V__Kingissepa_nim__kolhoos, lk 18
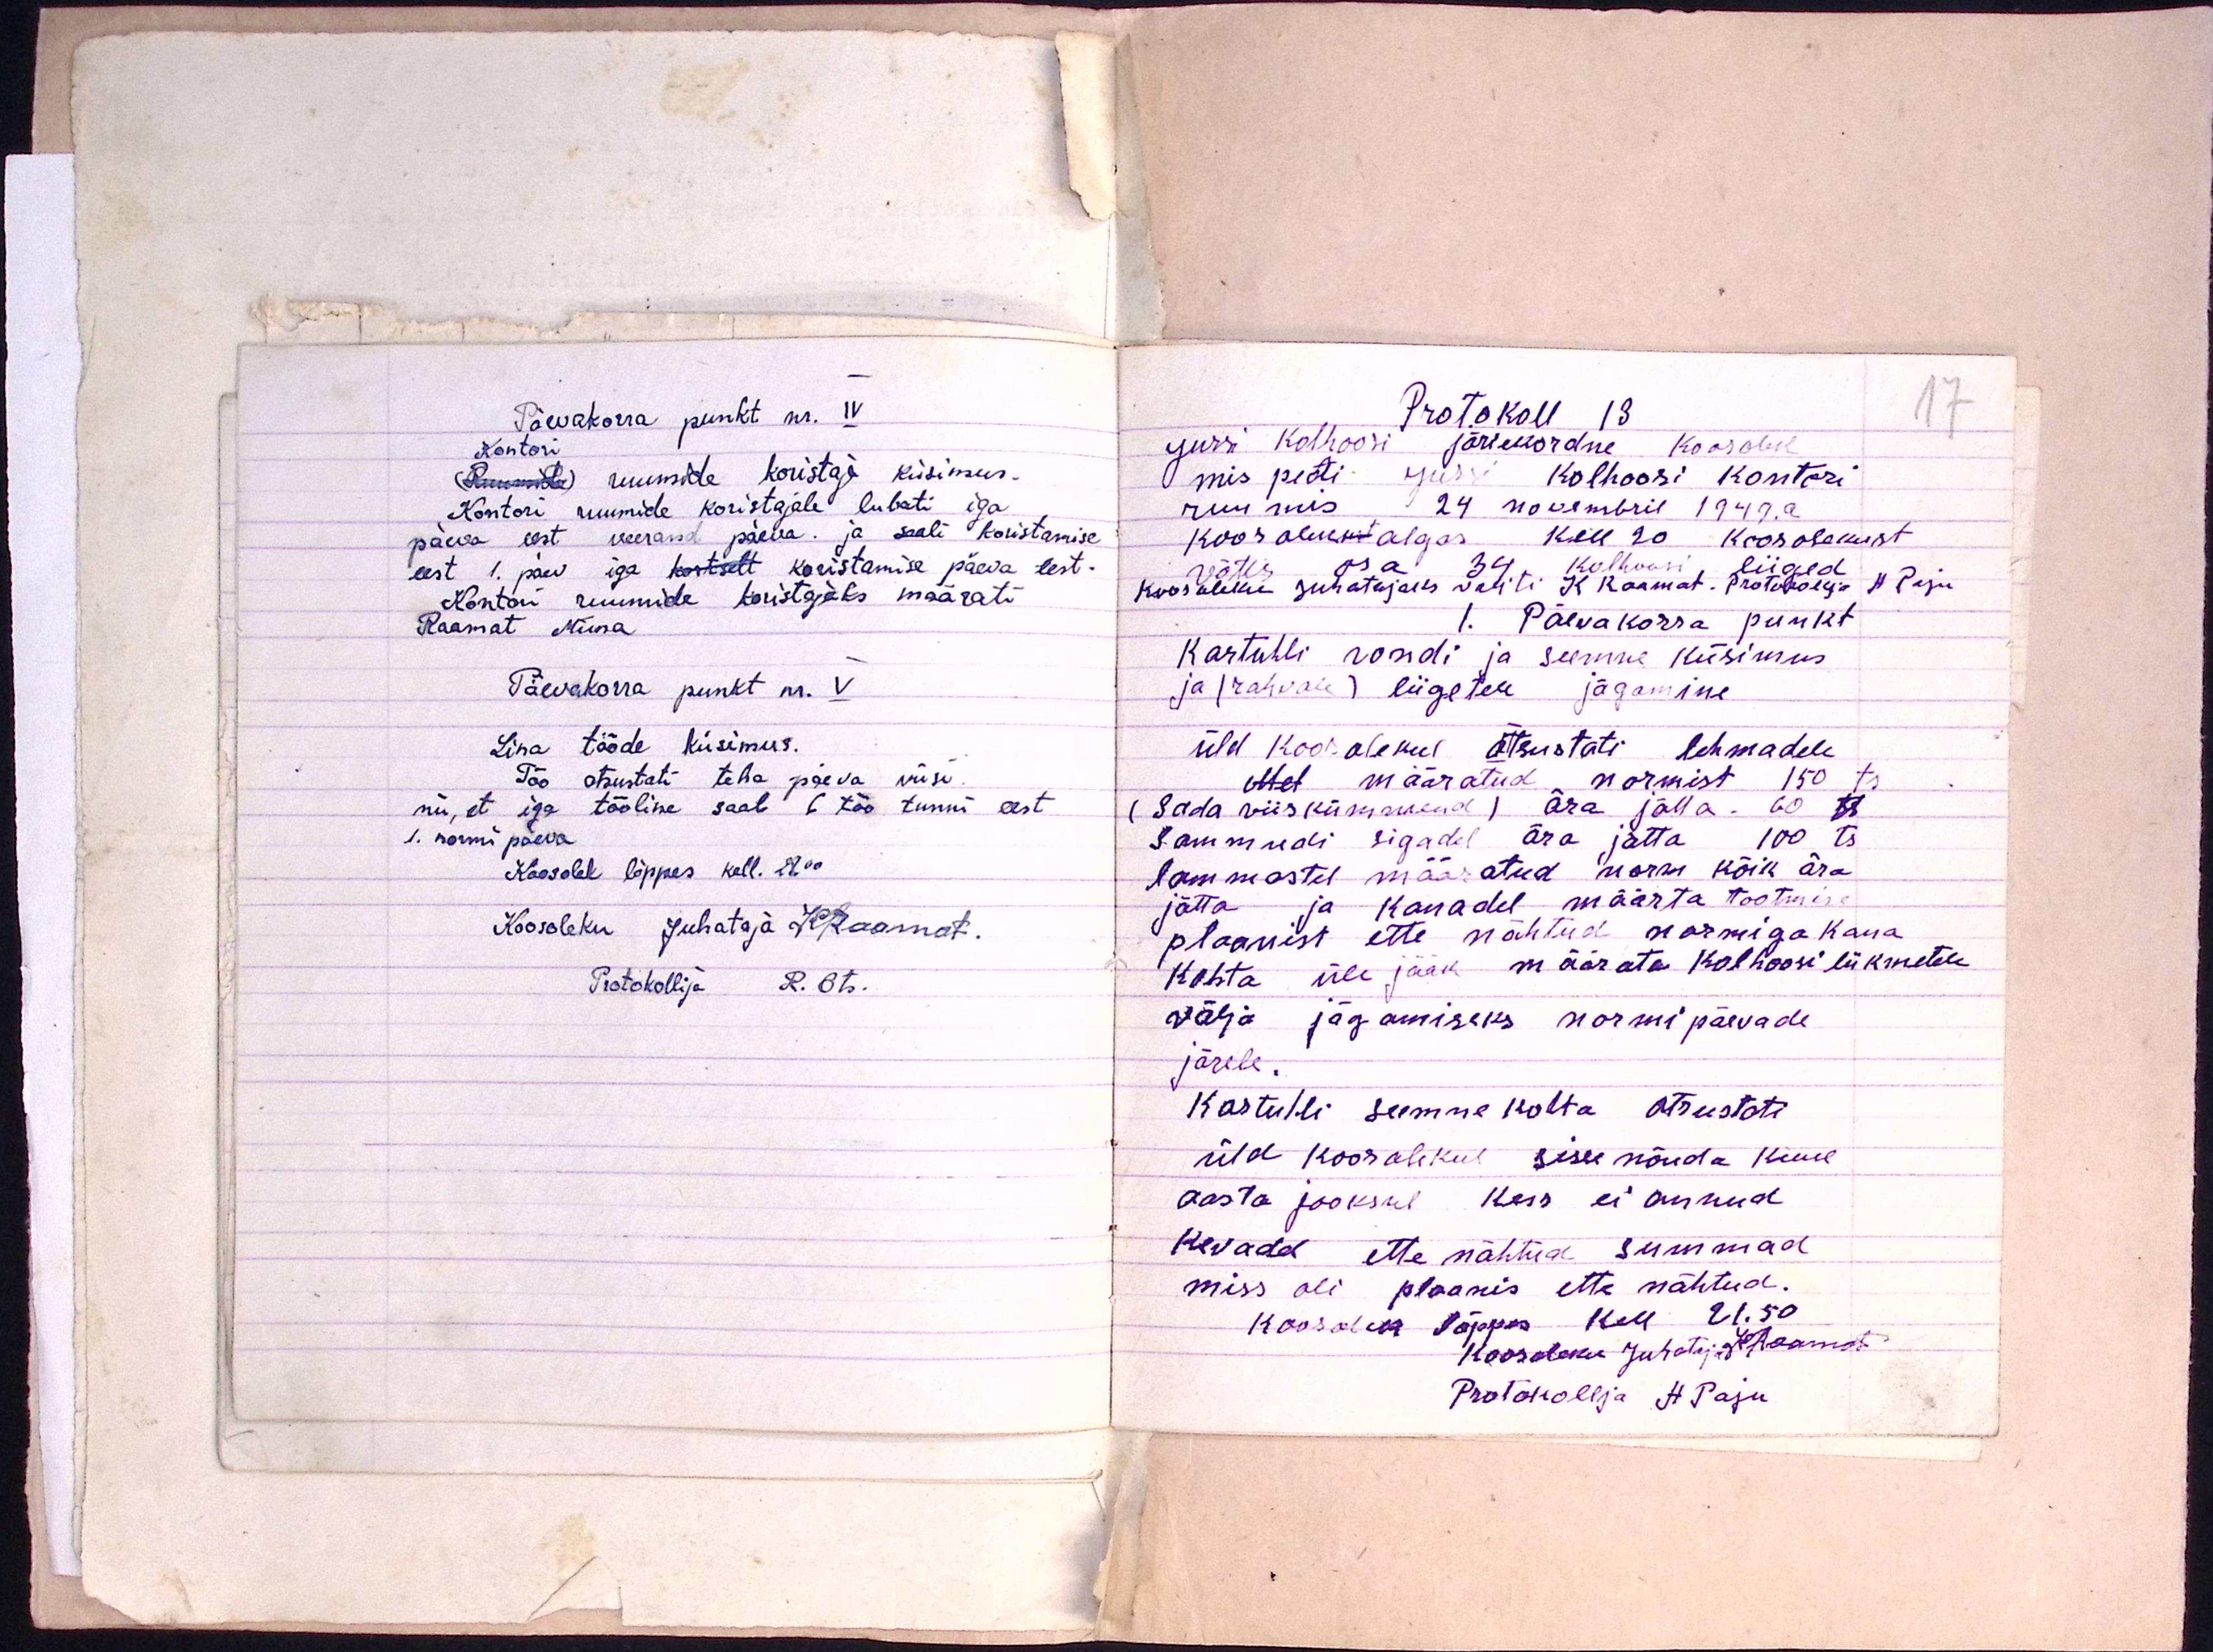
Päevakorra punkt nr. IV
Kontori
(Ruumide) ruumide koristaja küsimus.
Kontori ruumide koristajale lubati iga
päeva eest veerand päeva. ja saali koristamise
eest 1. päev iga kortselt koristamise päeva eest.
Kontori ruumide koristajaks määrati
Raamat Miina
Päevakorra punkt nr. V
Lina tööde küsimus.
Töö otsustati teha päeva viisi.
nii, et iga tööline saab 6 töö tunni eest
1. normi päeva
Koosolek lõppes kell. 21.00
Koosoleku Juhataja K Raamat.
Protokollija R. Ots.

17

Protokoll 13
Jursi kolhoosi järiekordne koosolek
mis peeti Jursi kolhoosi kontori
ruumis 24 novembril 1949. a.
koosolek algas kell 20 koosolekust
võttis osa 34 kolhoosi liiged
koosoleku juhatajaks valiti K. Raamat. Protokollja H Paju
1. Päevakorra punkt
Kartuhli vondi ja seemne küsimus
ja (rahvale) liigetele jagamine.
üld koosolekul otsustati lehmadele
Mel määratud normist 150 ts.
(Sada viiskümmend) ära jätta. 60 ts
Sammudi sigadel ära jätta 100 ts.
lammastel määratud normi kõik ära
jätta ja kanadel määrta tootmise
plaanist ette nähtud normiga kana
kohta üle jääk määrata kolhoosi liikmetele
välja jagamiseks normipäevade
järele.
Kartuhli seemne kohta otsustati
üld koosolekul sisse nõuda kuue
aasta jooksul kess ei annud
kevadel ette nähtud summad
miss oli plaanis ette nähtud.
koosolek lõppes kell 21.50
Koosoleku Juhtaja KRaamat.
Protokollja H. Paju